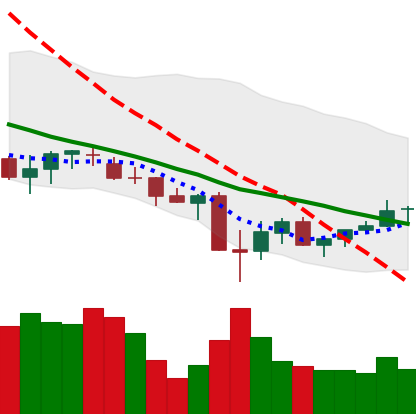
Ticker: XLM-USD
Chart end date: 2021-06-30
Forward return: -10.079%
Label: down_7plus